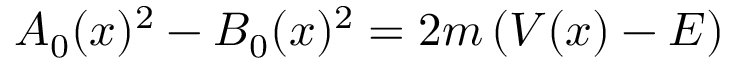
A _ { 0 } ( x ) ^ { 2 } - B _ { 0 } ( x ) ^ { 2 } = 2 m \left( V ( x ) - E \right)